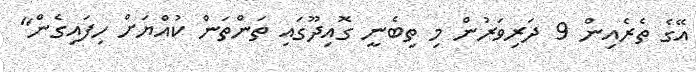
އޭގެ ތެރެއިން 9 ދަރިވަރުން މި ތިބެނީ ގޮއިދޫގައި ތަންތަން ކުއްޔަށް ހިފައިގެން"